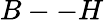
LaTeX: B--H